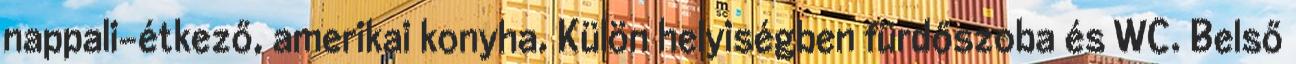
nappali-étkező, amerikai konyha. Külön helyiségben fürdőszoba és WC. Belső